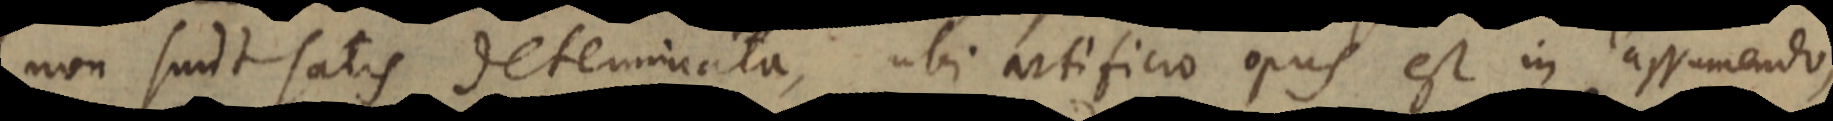
non sunt satis determinata, ubi artificio opus est in assumendo,